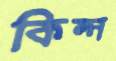
কিল্ন